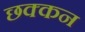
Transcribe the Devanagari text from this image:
छक्कन